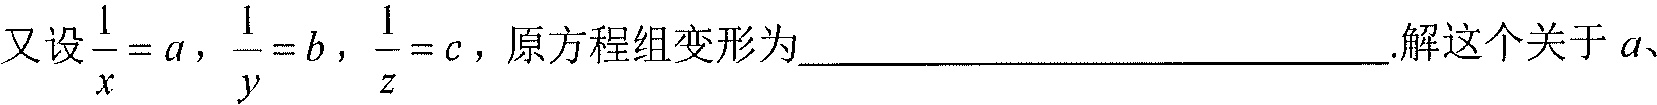
又设\(\frac{1}{x}=a\)，\(\frac{1}{y}=b\)，\(\frac{1}{z}=c\)，原方程组变形为________________________.解这个关于\(a\)、